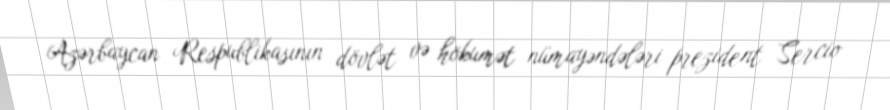
Azərbaycan Respublikasının dövlət və hökumət nümayəndələri prezident Sercio